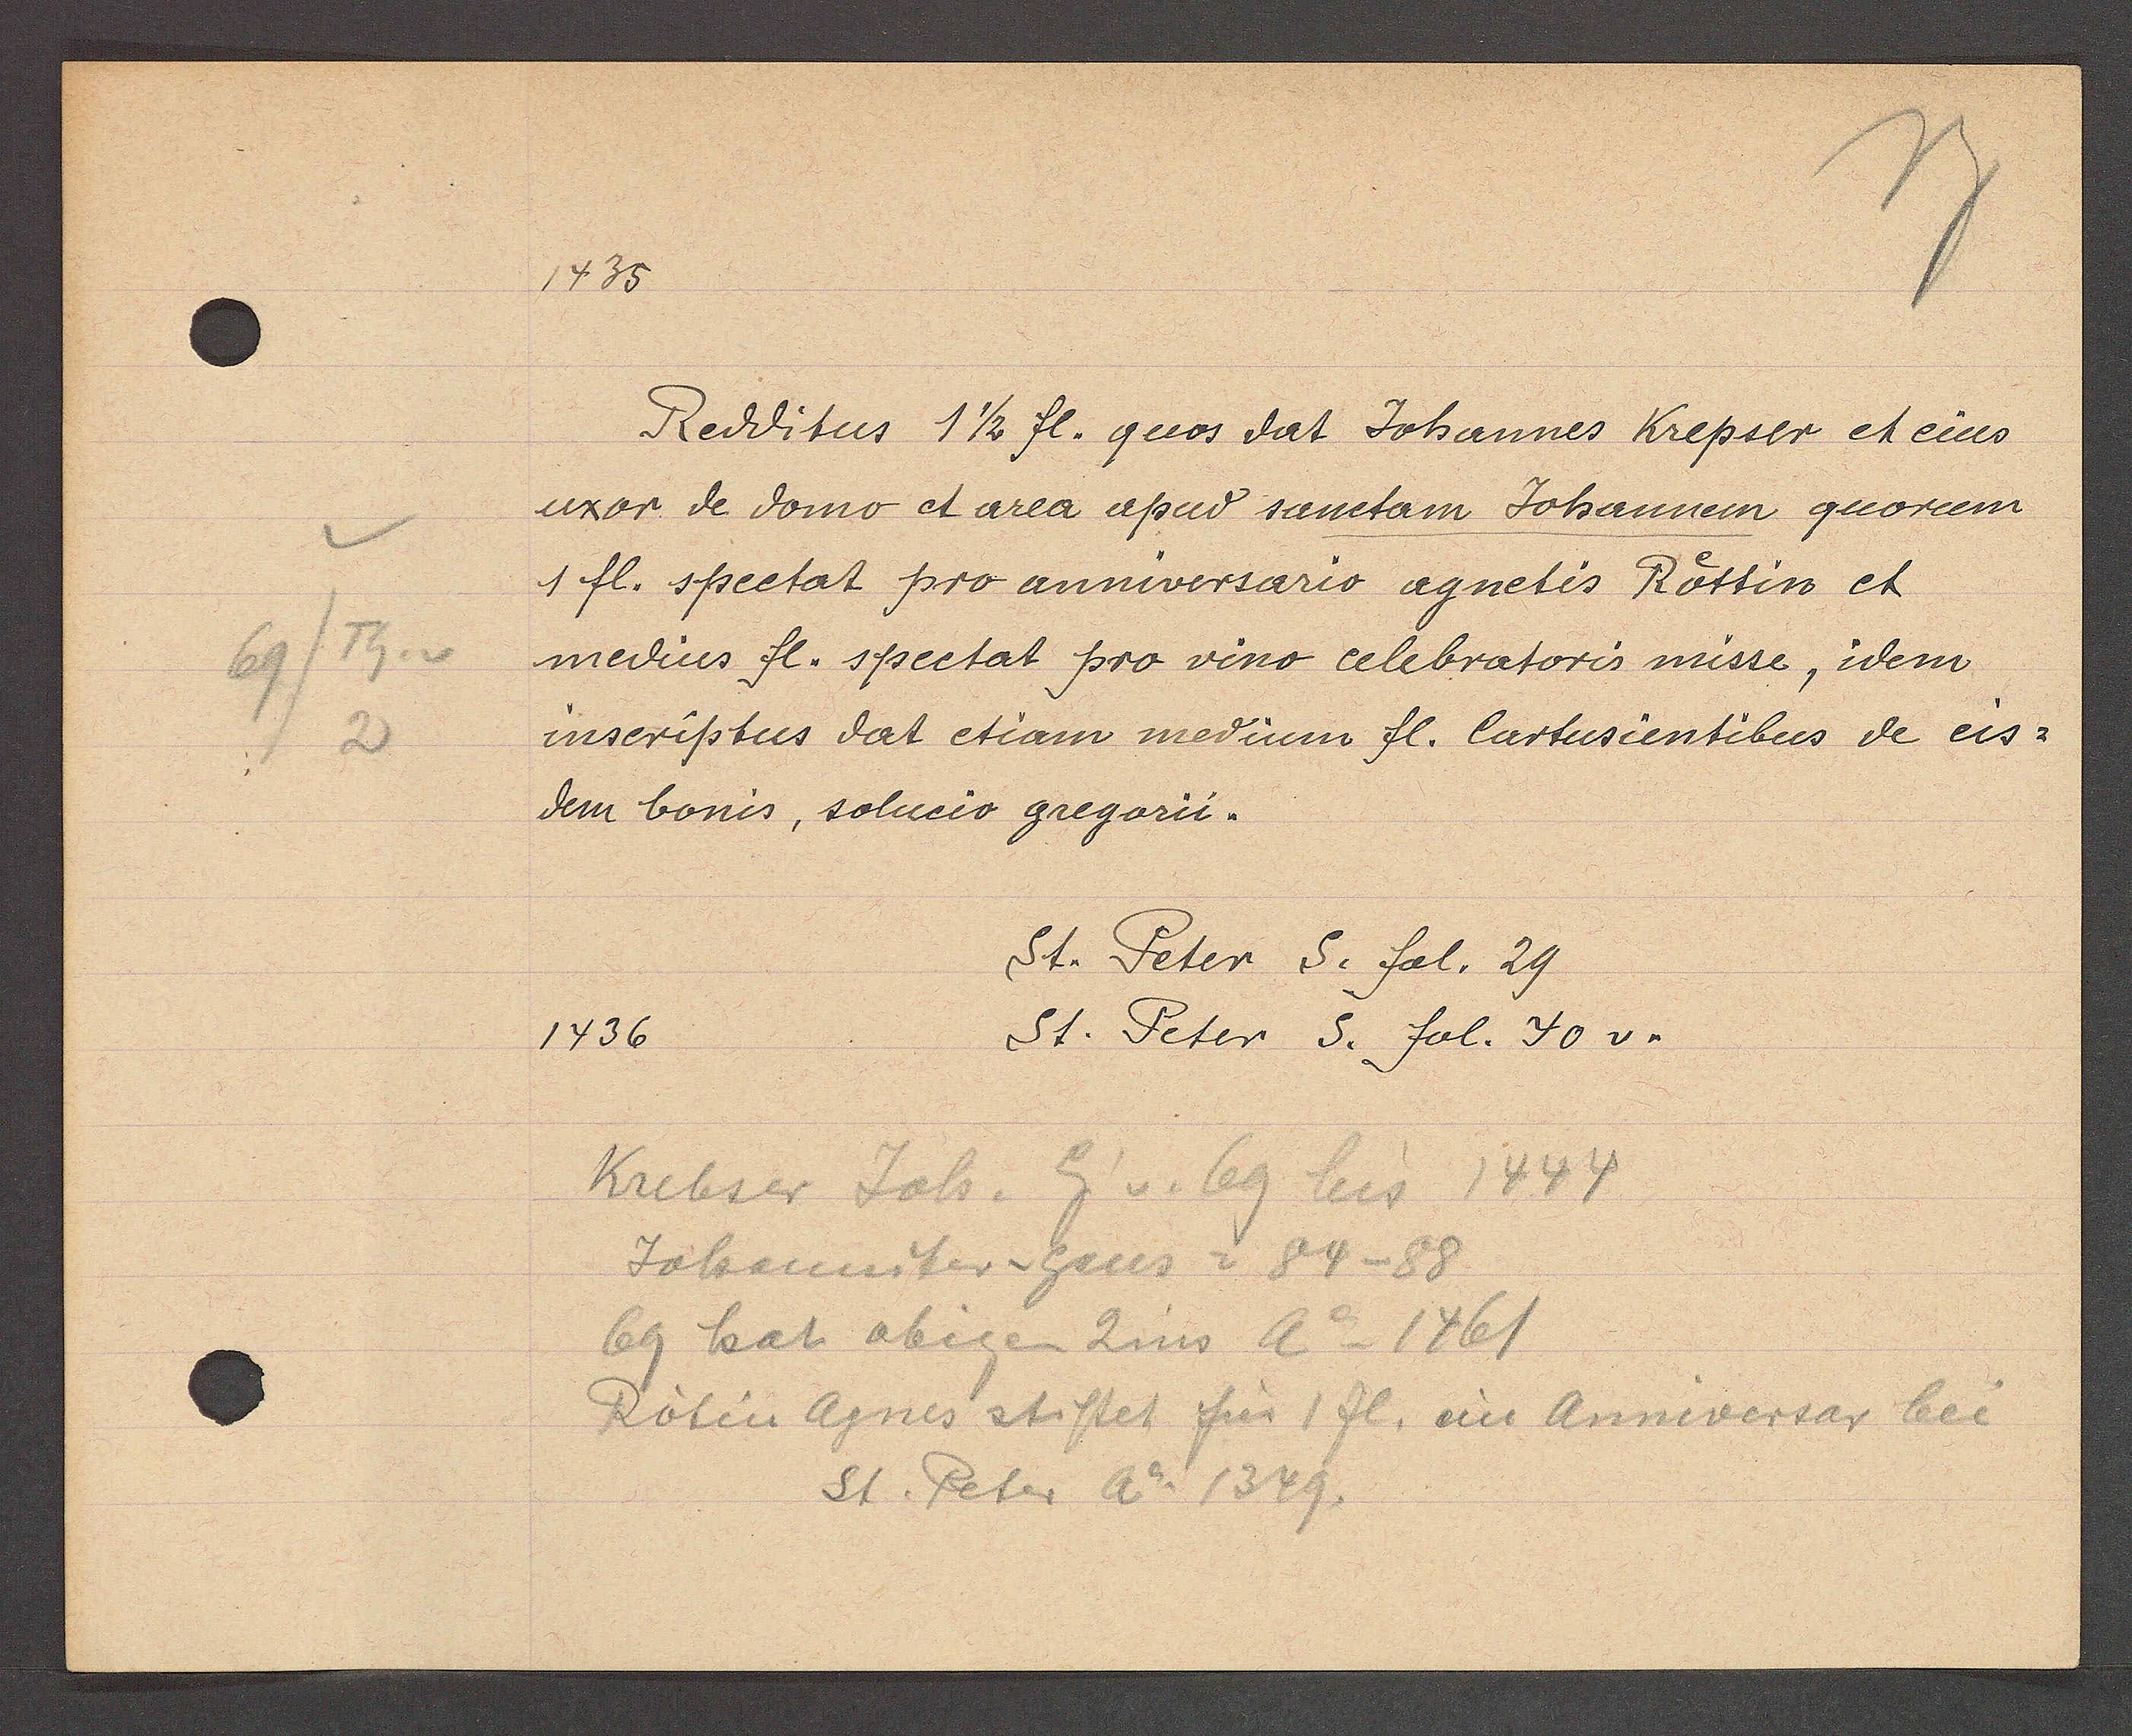
Transcript:
69/th.v
2

1435

uxor de domo et area apud sanctam Johannem quorem
1 fl. spectat pro anniversario agnetis Rottin et
medius fl. spectat pro vino celebratoris misse, idem
inscriptus dat etiam medium fl. Cartusientibus de eis-
dem bonis, solucio gregorii.
Redditus 1 1/2 fl. quos dat Johannes Krepser et eius

1436.

St. Peter S. fol. 29
St. Peter S. fol. 40 v.

Krebser Joh. Eg v. 69 bis 1444
Jhanniter-haus = 84-88
69 hat obigen Zins Ao 1461
Rötin Agnes stiftet für 1 fl. ein Anniversar bei
St. Peter Ao 1349